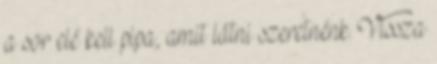
a sor elé kell pipa, amit látni szeretnénk. Vissza